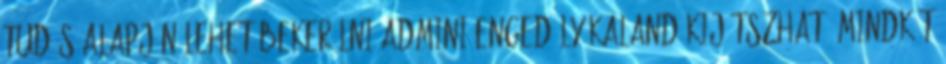
tudás alapján lehet bekerülni Admini engedély kaland Kijátszható mindkét